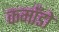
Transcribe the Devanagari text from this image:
कमाँडो